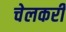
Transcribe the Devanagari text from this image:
चेलकरी